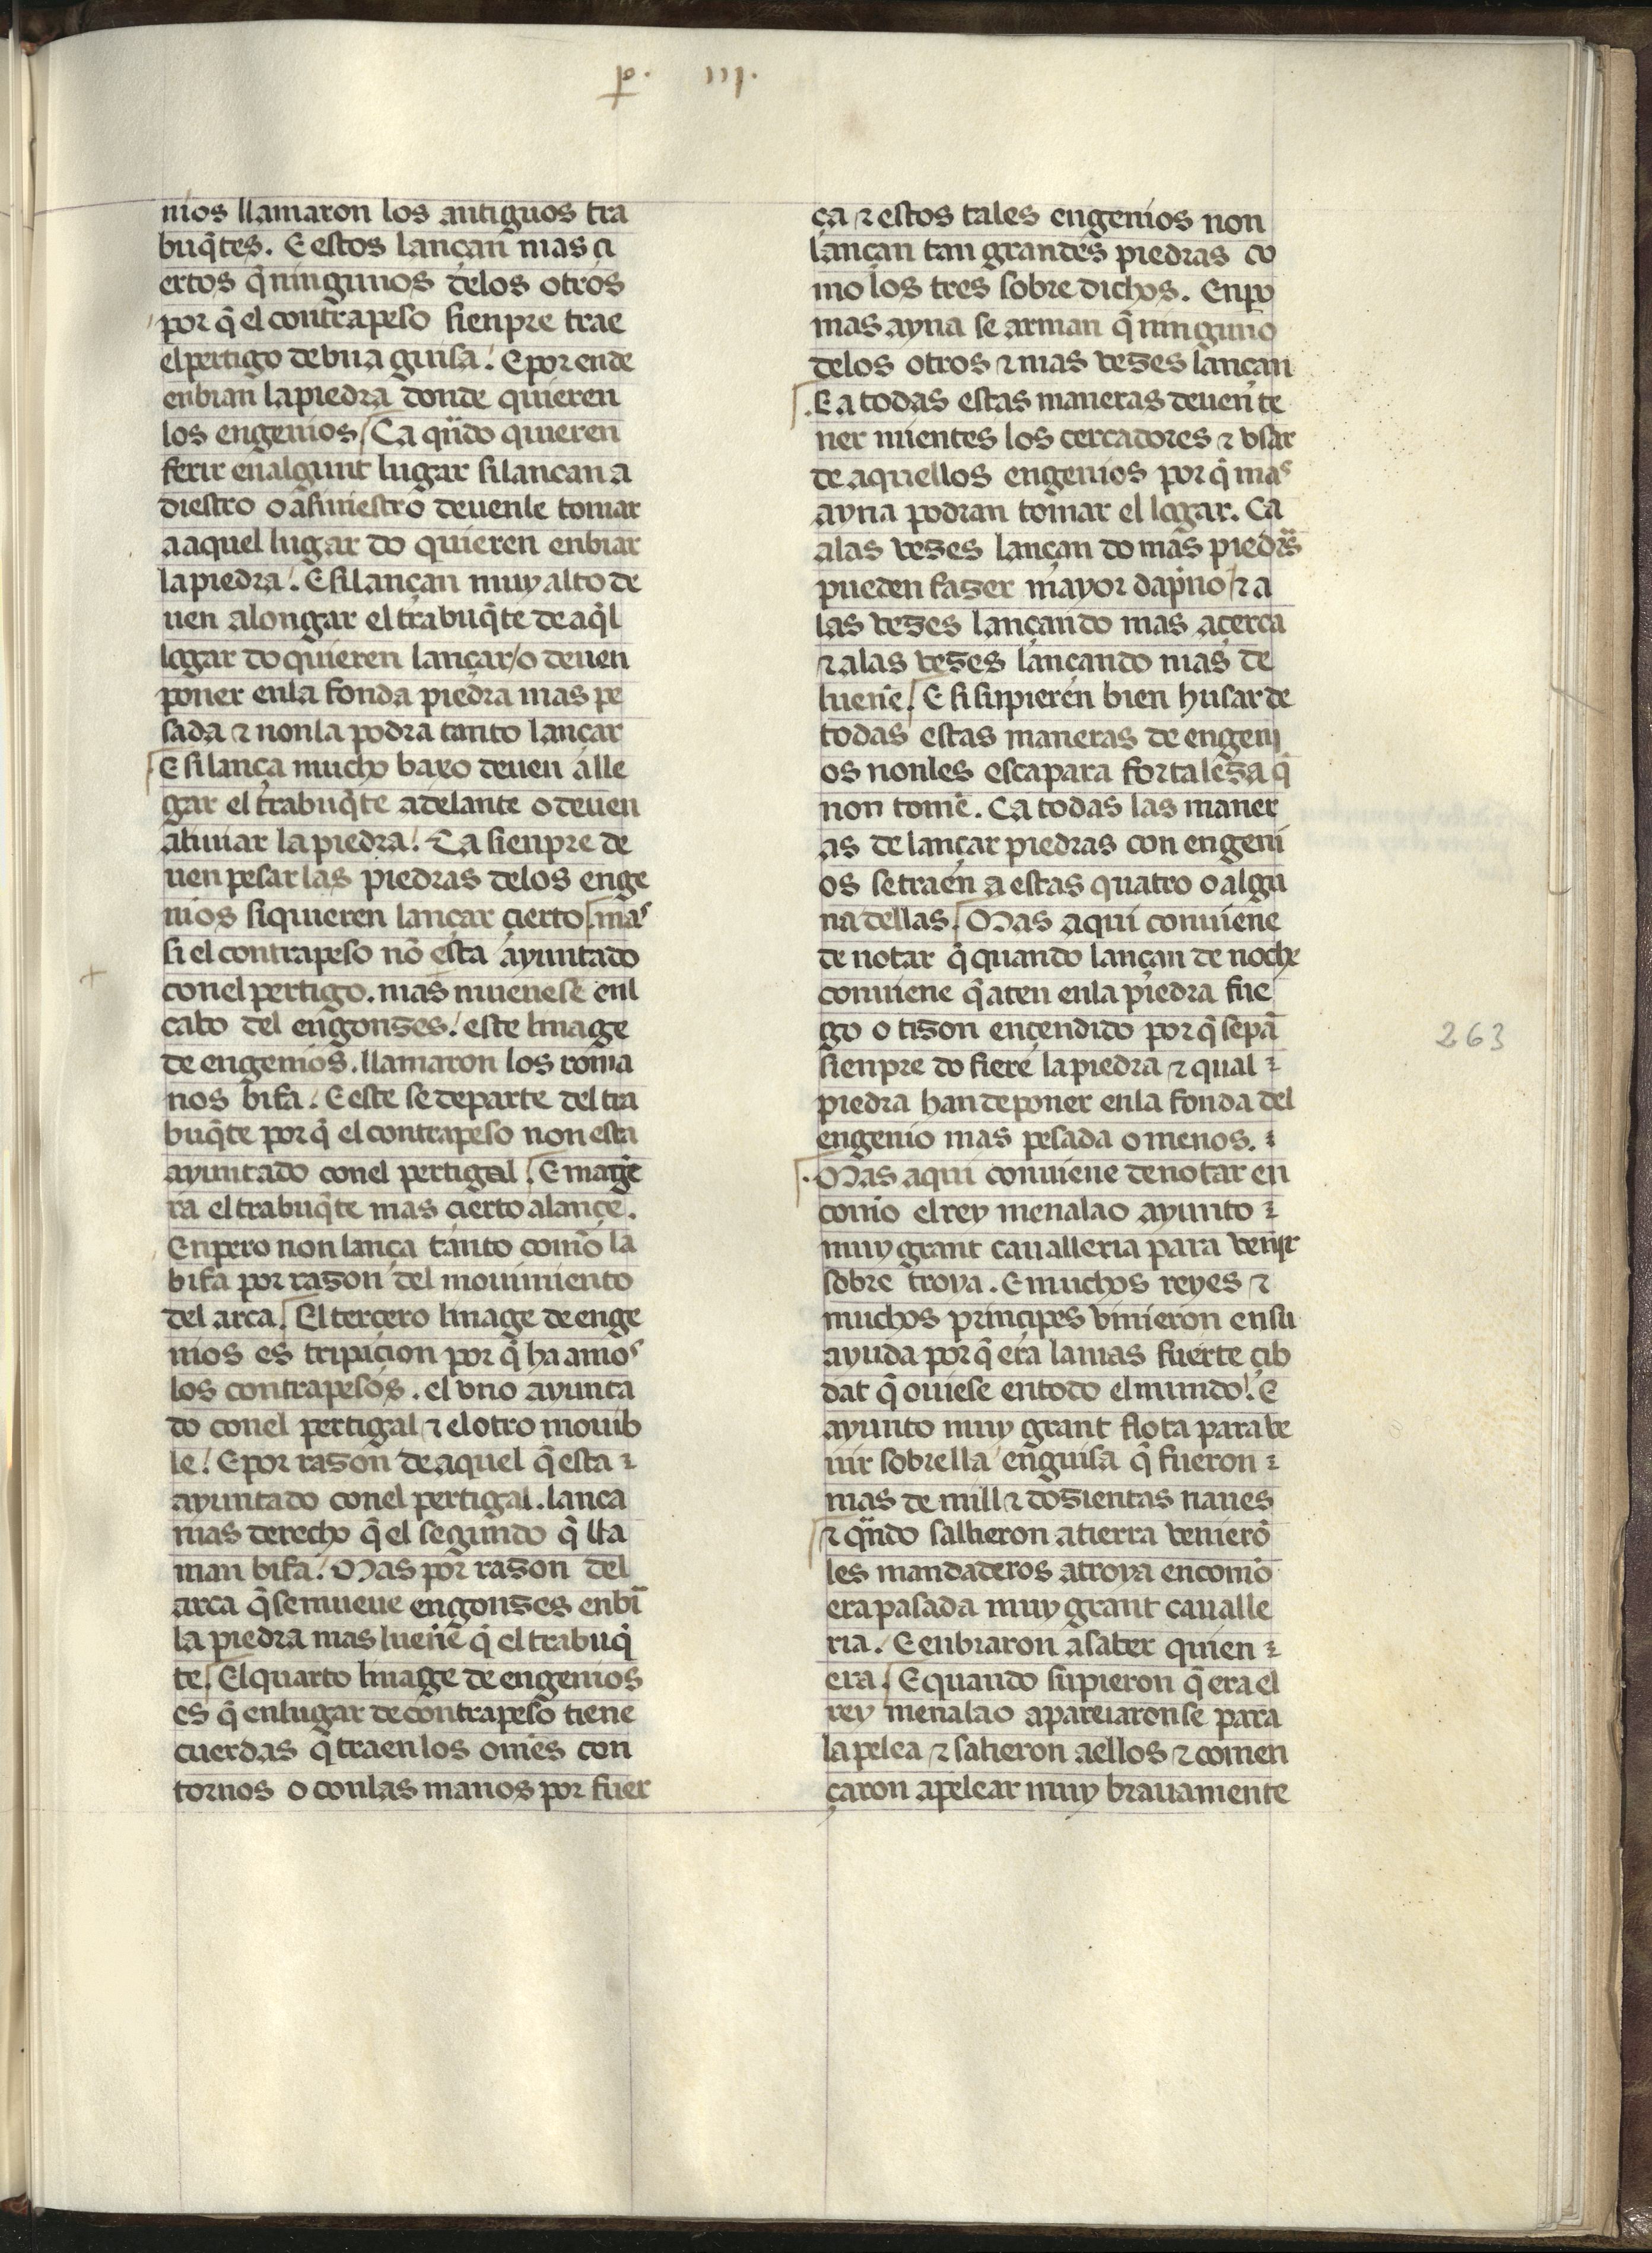
Shelfmark: Madrid, Fundación Lázaro Galdiano, mss 289
Century: 15